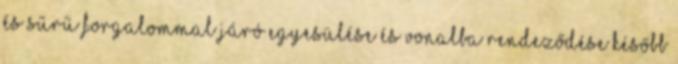
és sűrű forgalommal járó egyesülése és vonalba rendeződése később